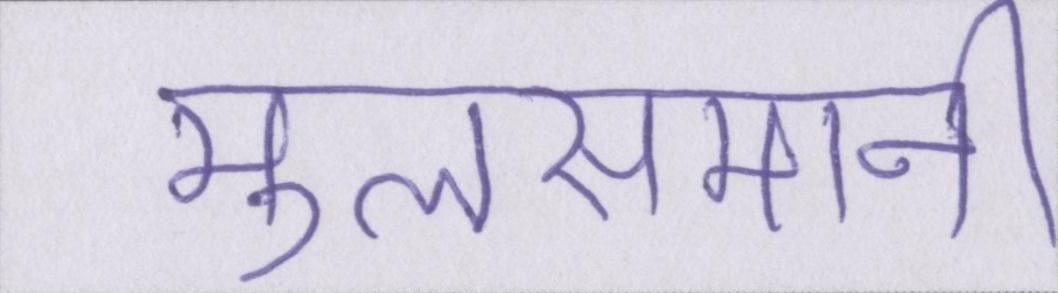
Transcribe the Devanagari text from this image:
मुलसमानी